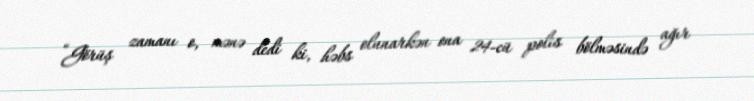
“Görüş zamanı o, mənə dedi ki, həbs olunarkən ona 24-cü polis bölməsində ağır